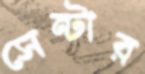
সেন্টার